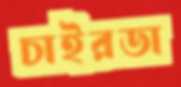
চাইরডা